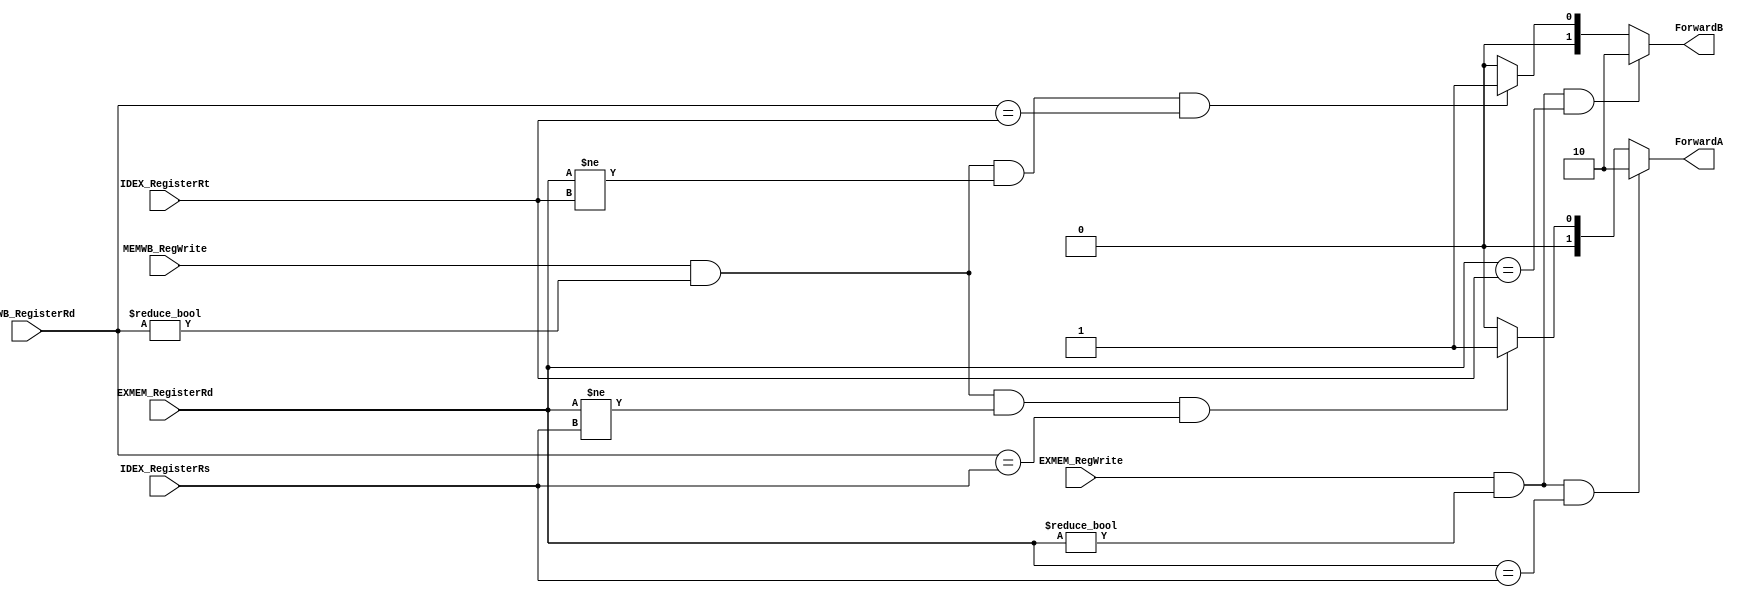
module ForwardingUnit

(
	input  [4:0]IDEX_RegisterRs,
	input  [4:0]IDEX_RegisterRt,
	
	input  EXMEM_RegWrite,
	input  [4:0]EXMEM_RegisterRd,
	
	input  MEMWB_RegWrite,
	input  [4:0]MEMWB_RegisterRd,
	
	output reg [1:0]ForwardA,
	output reg [1:0]ForwardB
);


always@(EXMEM_RegWrite or EXMEM_RegisterRd or IDEX_RegisterRs or MEMWB_RegWrite or MEMWB_RegisterRd)
begin

	if 
		((EXMEM_RegWrite) && 
		(EXMEM_RegisterRd !=0) && 
		(EXMEM_RegisterRd == IDEX_RegisterRs))
			ForwardA = 2'b10;
		
	else if 
		((MEMWB_RegWrite) &&
		(MEMWB_RegisterRd != 0) &&
		(EXMEM_RegisterRd != IDEX_RegisterRs) &&
		(MEMWB_RegisterRd == IDEX_RegisterRs))
			ForwardA = 2'b01;	
	else 
		ForwardA = 2'b00;

end

always@(EXMEM_RegWrite or EXMEM_RegisterRd or IDEX_RegisterRt or MEMWB_RegWrite or MEMWB_RegisterRd)
begin

	if 
		((EXMEM_RegWrite) && 
		(EXMEM_RegisterRd !=0) && 
		(EXMEM_RegisterRd == IDEX_RegisterRt))
			ForwardB = 2'b10;
		
	else if 
		((MEMWB_RegWrite) &&
		(MEMWB_RegisterRd != 0) &&
		(EXMEM_RegisterRd != IDEX_RegisterRt) &&
		(MEMWB_RegisterRd == IDEX_RegisterRt))
			ForwardB = 2'b01;	
	else 
		ForwardB = 2'b00;

end


endmodule